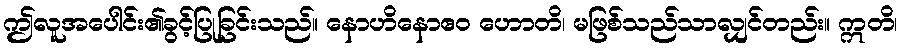
ဤလူအပေါင်း၏ခွင့်ပြုခြင်းသည်။ နောဟိနောဧဝ ဟောတိ၊ မဖြစ်သည်သာလျှင်တည်း။ ဣတိ၊